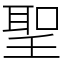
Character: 聖